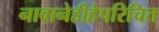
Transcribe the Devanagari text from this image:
नावानेहीहेपरिचित